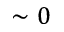
\sim 0